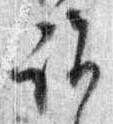
詣